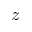
z